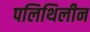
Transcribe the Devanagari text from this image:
पलिथिलीन